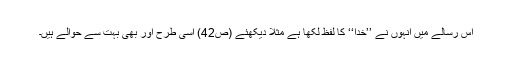
اس رسالے میں انہوں نے ’’خدا‘‘ کا لفظ لکھا ہے مثلاً دیکھئے (ص42) اسی طرح اور بھی بہت سے حوالے ہیں۔